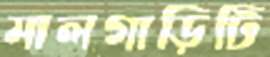
মালগাড়িটি